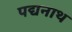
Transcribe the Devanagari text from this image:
पद्यनाथ